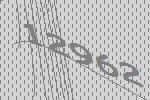
12962